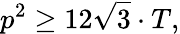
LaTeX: p^{2}\geq 12{\sqrt{3}}\cdot T,